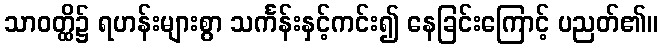
သာဝတ္ထိ၌ ရဟန်းများစွာ သင်္ကန်းနှင့်ကင်း၍ နေခြင်းကြောင့် ပညတ်၏။